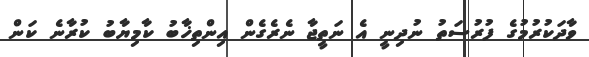
ވާދަކުރުމުގެ ފުރުސަތު ނުދިނީ އެ ނަތީޖާ ނެރެގެން އިންތިޚާބު ކާމިޔާބު ކުރާނެ ކަން